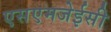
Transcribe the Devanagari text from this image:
एसएमजेईसी